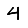
Digit: 4